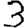
Digit: 3